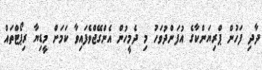
ދާދި ފަހުން ޕްރިޔަންކާގެ އުފަންދުވަހު މި ދެމީހުން އެންގޭޖްވެފައިވާ ކަމަށް މީޑިޔާ ރިޕޯޓްތައް